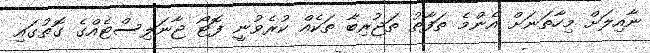
ނާއިލަށް މިހާތަނަށް އެންމެ ތަފާތު ތަޖުރިބާ ތަކެއް ކުރެވުނީ ފޮޓޯ ޖާނަލިސްޓެއްގެ ގޮތުގައި